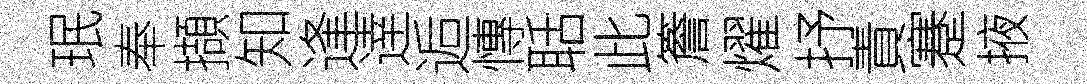
珉奉擷知逢逹逅慱聒此簷燿抒責蹇掖